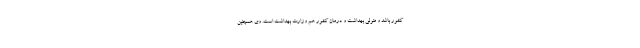
کشور باشد و متولی بهداشت و درمان کشور هم وزارت بهداشت است. وی همچنین